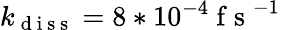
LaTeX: k_{\mathrm{~d~i~s~s~}}=8*10^{-4}\mathrm{~f~s~}^{-1}